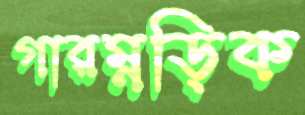
গারম্নড়িক